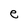
Character: e